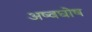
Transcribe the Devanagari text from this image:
अष्वघोष